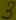
Text: 3